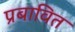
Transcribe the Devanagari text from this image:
प्रबावित